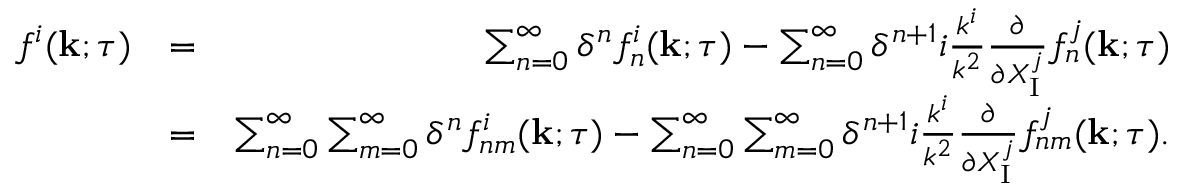
\begin{array} { r l r } { f ^ { i } ( { \bf { k } } ; \tau ) } & { = } & { \sum _ { n = 0 } ^ { \infty } \delta ^ { n } f _ { n } ^ { i } ( { \bf { k } } ; \tau ) - \sum _ { n = 0 } ^ { \infty } \delta ^ { n + 1 } i \frac { k ^ { i } } { k ^ { 2 } } \frac { \partial } { \partial X _ { \mathrm { { I } } } ^ { j } } f _ { n } ^ { j } ( { \bf { k } } ; \tau ) } \\ & { = } & { \sum _ { n = 0 } ^ { \infty } \sum _ { m = 0 } ^ { \infty } \delta ^ { n } f _ { n m } ^ { i } ( { \bf { k } } ; \tau ) - \sum _ { n = 0 } ^ { \infty } \sum _ { m = 0 } ^ { \infty } \delta ^ { n + 1 } i \frac { k ^ { i } } { k ^ { 2 } } \frac { \partial } { \partial X _ { \mathrm { I } } ^ { j } } f _ { n m } ^ { j } ( { \bf { k } } ; \tau ) . } \end{array}